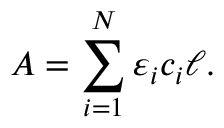
A = \sum _ { i = 1 } ^ { N } \varepsilon _ { i } c _ { i } \ell .